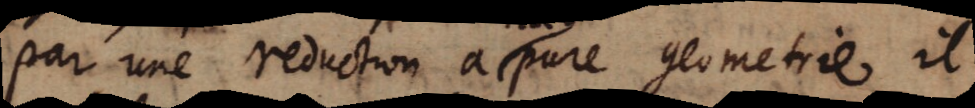
par une reduction a pure geometrie il